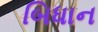
બિધાન